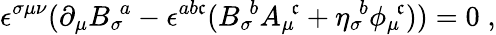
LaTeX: \epsilon^{\sigma\mu\nu}(\partial_{\mu}{B_{\sigma}}\! ^{a}-\epsilon^{ab\mathfrak{c}}({B_{\sigma}}\! ^{b}{A_{\mu}}\! ^{\mathfrak{c}}+{\eta_{\sigma}}\! ^{b}{\phi_{\mu}}\! ^{\mathfrak{c}}))=0\; ,